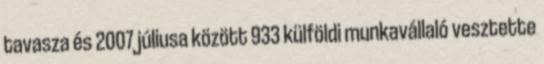
tavasza és 2007 júliusa között 933 külföldi munkavállaló vesztette